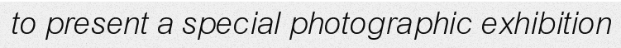
to present a special photographic exhibition